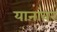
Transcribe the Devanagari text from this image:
यानांवर